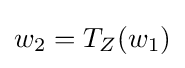
w_{2}=T_{Z}(w_{1})